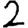
Digit: 2